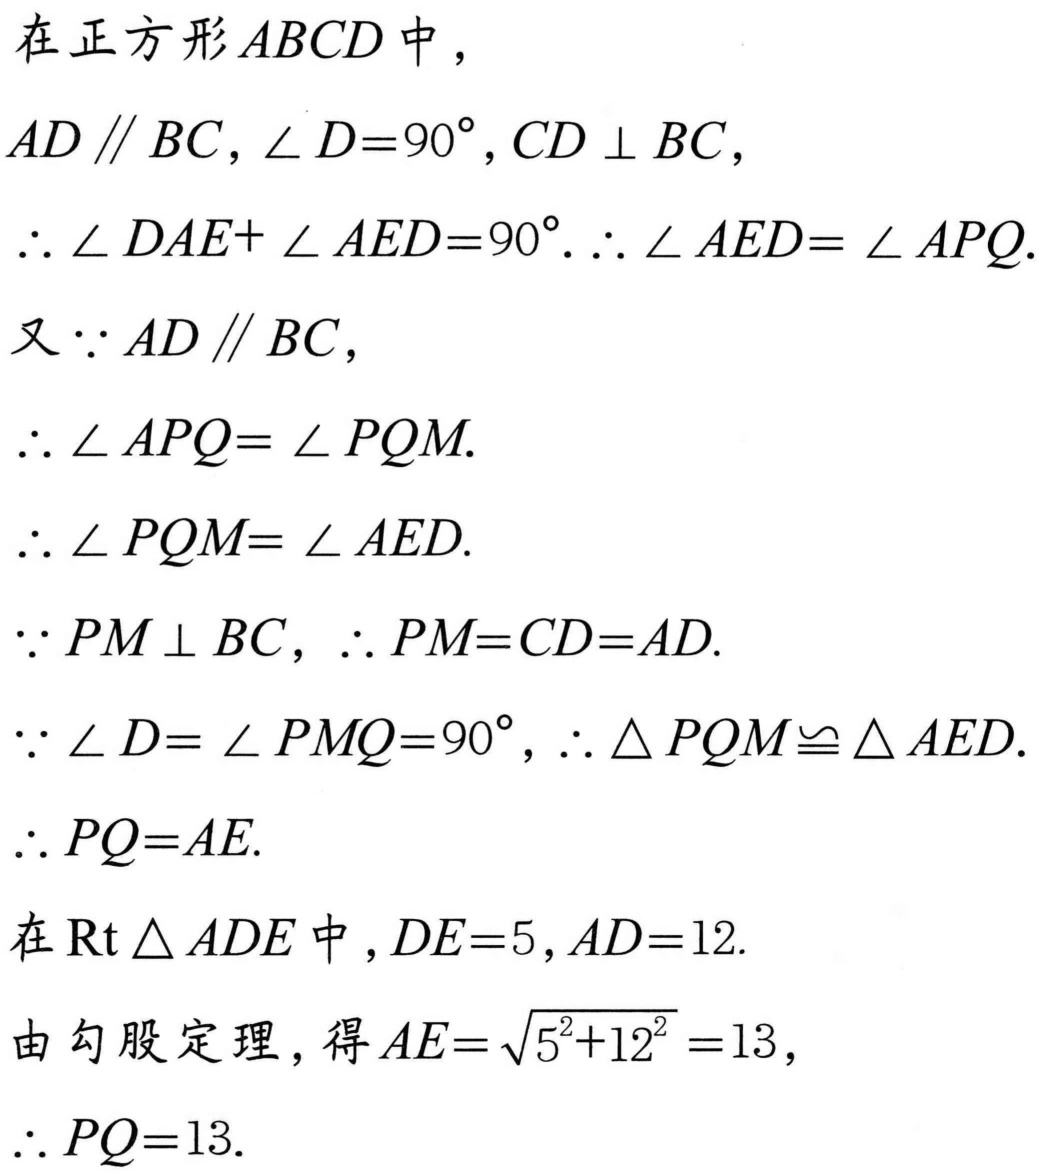
在正方形\(ABCD\)中，
\(AD \parallel BC,\angle D = 90^{\circ},CD\perp BC\)，
\(\therefore\angle DAE+\angle AED = 90^{\circ}.\therefore\angle AED=\angle APQ.\)
又\(\because AD \parallel BC\)，
\(\therefore\angle APQ=\angle PQM.\)
\(\therefore\angle PQM=\angle AED.\)
\(\because PM\perp BC\)，\(\therefore PM = CD = AD.\)
\(\because\angle D=\angle PMQ = 90^{\circ}\)，\(\therefore\triangle PQM\cong\triangle AED.\)
\(\therefore PQ = AE.\)
在\(\text{Rt}\triangle ADE\)中，\(DE = 5,AD = 12.\)
由勾股定理，得\(AE=\sqrt{5^{2}+12^{2}} = 13\)，
\(\therefore PQ = 13.\)